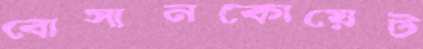
বোসানকোয়েট